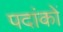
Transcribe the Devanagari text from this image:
पदांकों